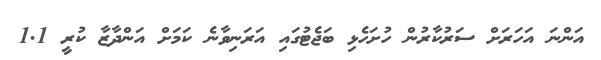
އަންނަ އަހަރަށް ސަރުކާރުން ހުށަހެޅި ބަޖެޓުގައި އަރަނިވާނެ ކަމަށް އަންދާޒާ ކުރީ 1.1